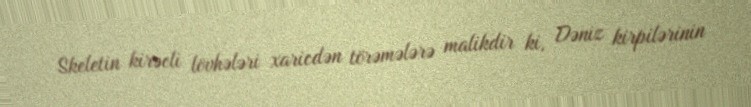
Skeletin kirəcli lövhələri xaricdən törəmələrə malikdir ki, Dəniz kirpilərinin